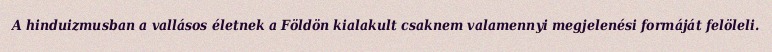
A hinduizmusban a vallásos életnek a Földön kialakult csaknem valamennyi megjelenési formáját felöleli.